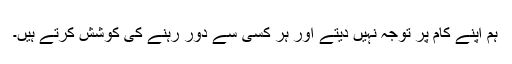
ہم اپنے کام پر توجہ نہیں دیتے اور ہر کسی سے دور رہنے کی کوشش کرتے ہیں۔